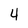
Character: 4